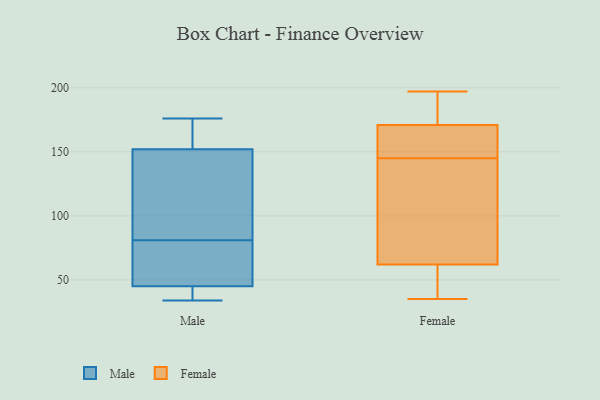
{"axis": {"x": "Backlog", "y": "Value"}, "legend": ["Female", "Male"], "data": [{"x": "", "y": 137, "type": "Male"}, {"x": "", "y": 81, "type": "Male"}, {"x": "", "y": 47, "type": "Male"}, {"x": "", "y": 148, "type": "Male"}, {"x": "", "y": 81, "type": "Male"}, {"x": "", "y": 176, "type": "Male"}, {"x": "", "y": 36, "type": "Male"}, {"x": "", "y": 44, "type": "Male"}, {"x": "", "y": 156, "type": "Male"}, {"x": "", "y": 34, "type": "Male"}, {"x": "", "y": 46, "type": "Male"}, {"x": "", "y": 170, "type": "Male"}, {"x": "", "y": 153, "type": "Female"}, {"x": "", "y": 163, "type": "Female"}, {"x": "", "y": 143, "type": "Female"}, {"x": "", "y": 184, "type": "Female"}, {"x": "", "y": 152, "type": "Female"}, {"x": "", "y": 147, "type": "Female"}, {"x": "", "y": 79, "type": "Female"}, {"x": "", "y": 36, "type": "Female"}, {"x": "", "y": 45, "type": "Female"}, {"x": "", "y": 179, "type": "Female"}, {"x": "", "y": 197, "type": "Female"}, {"x": "", "y": 35, "type": "Female"}, {"x": "", "y": 190, "type": "Female"}, {"x": "", "y": 137, "type": "Female"}, {"x": "", "y": 114, "type": "Female"}, {"x": "", "y": 40, "type": "Female"}]}